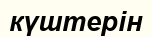
күштерін